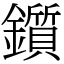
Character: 鑕